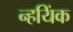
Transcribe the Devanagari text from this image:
न्हयिंक